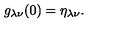
g _ { \lambda \nu } ( 0 ) = \eta _ { \lambda \nu } .